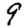
Digit: 9